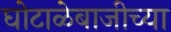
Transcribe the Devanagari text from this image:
घोटाळेबाजीच्या